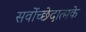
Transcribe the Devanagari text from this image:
सर्वोच्छेदात्मके